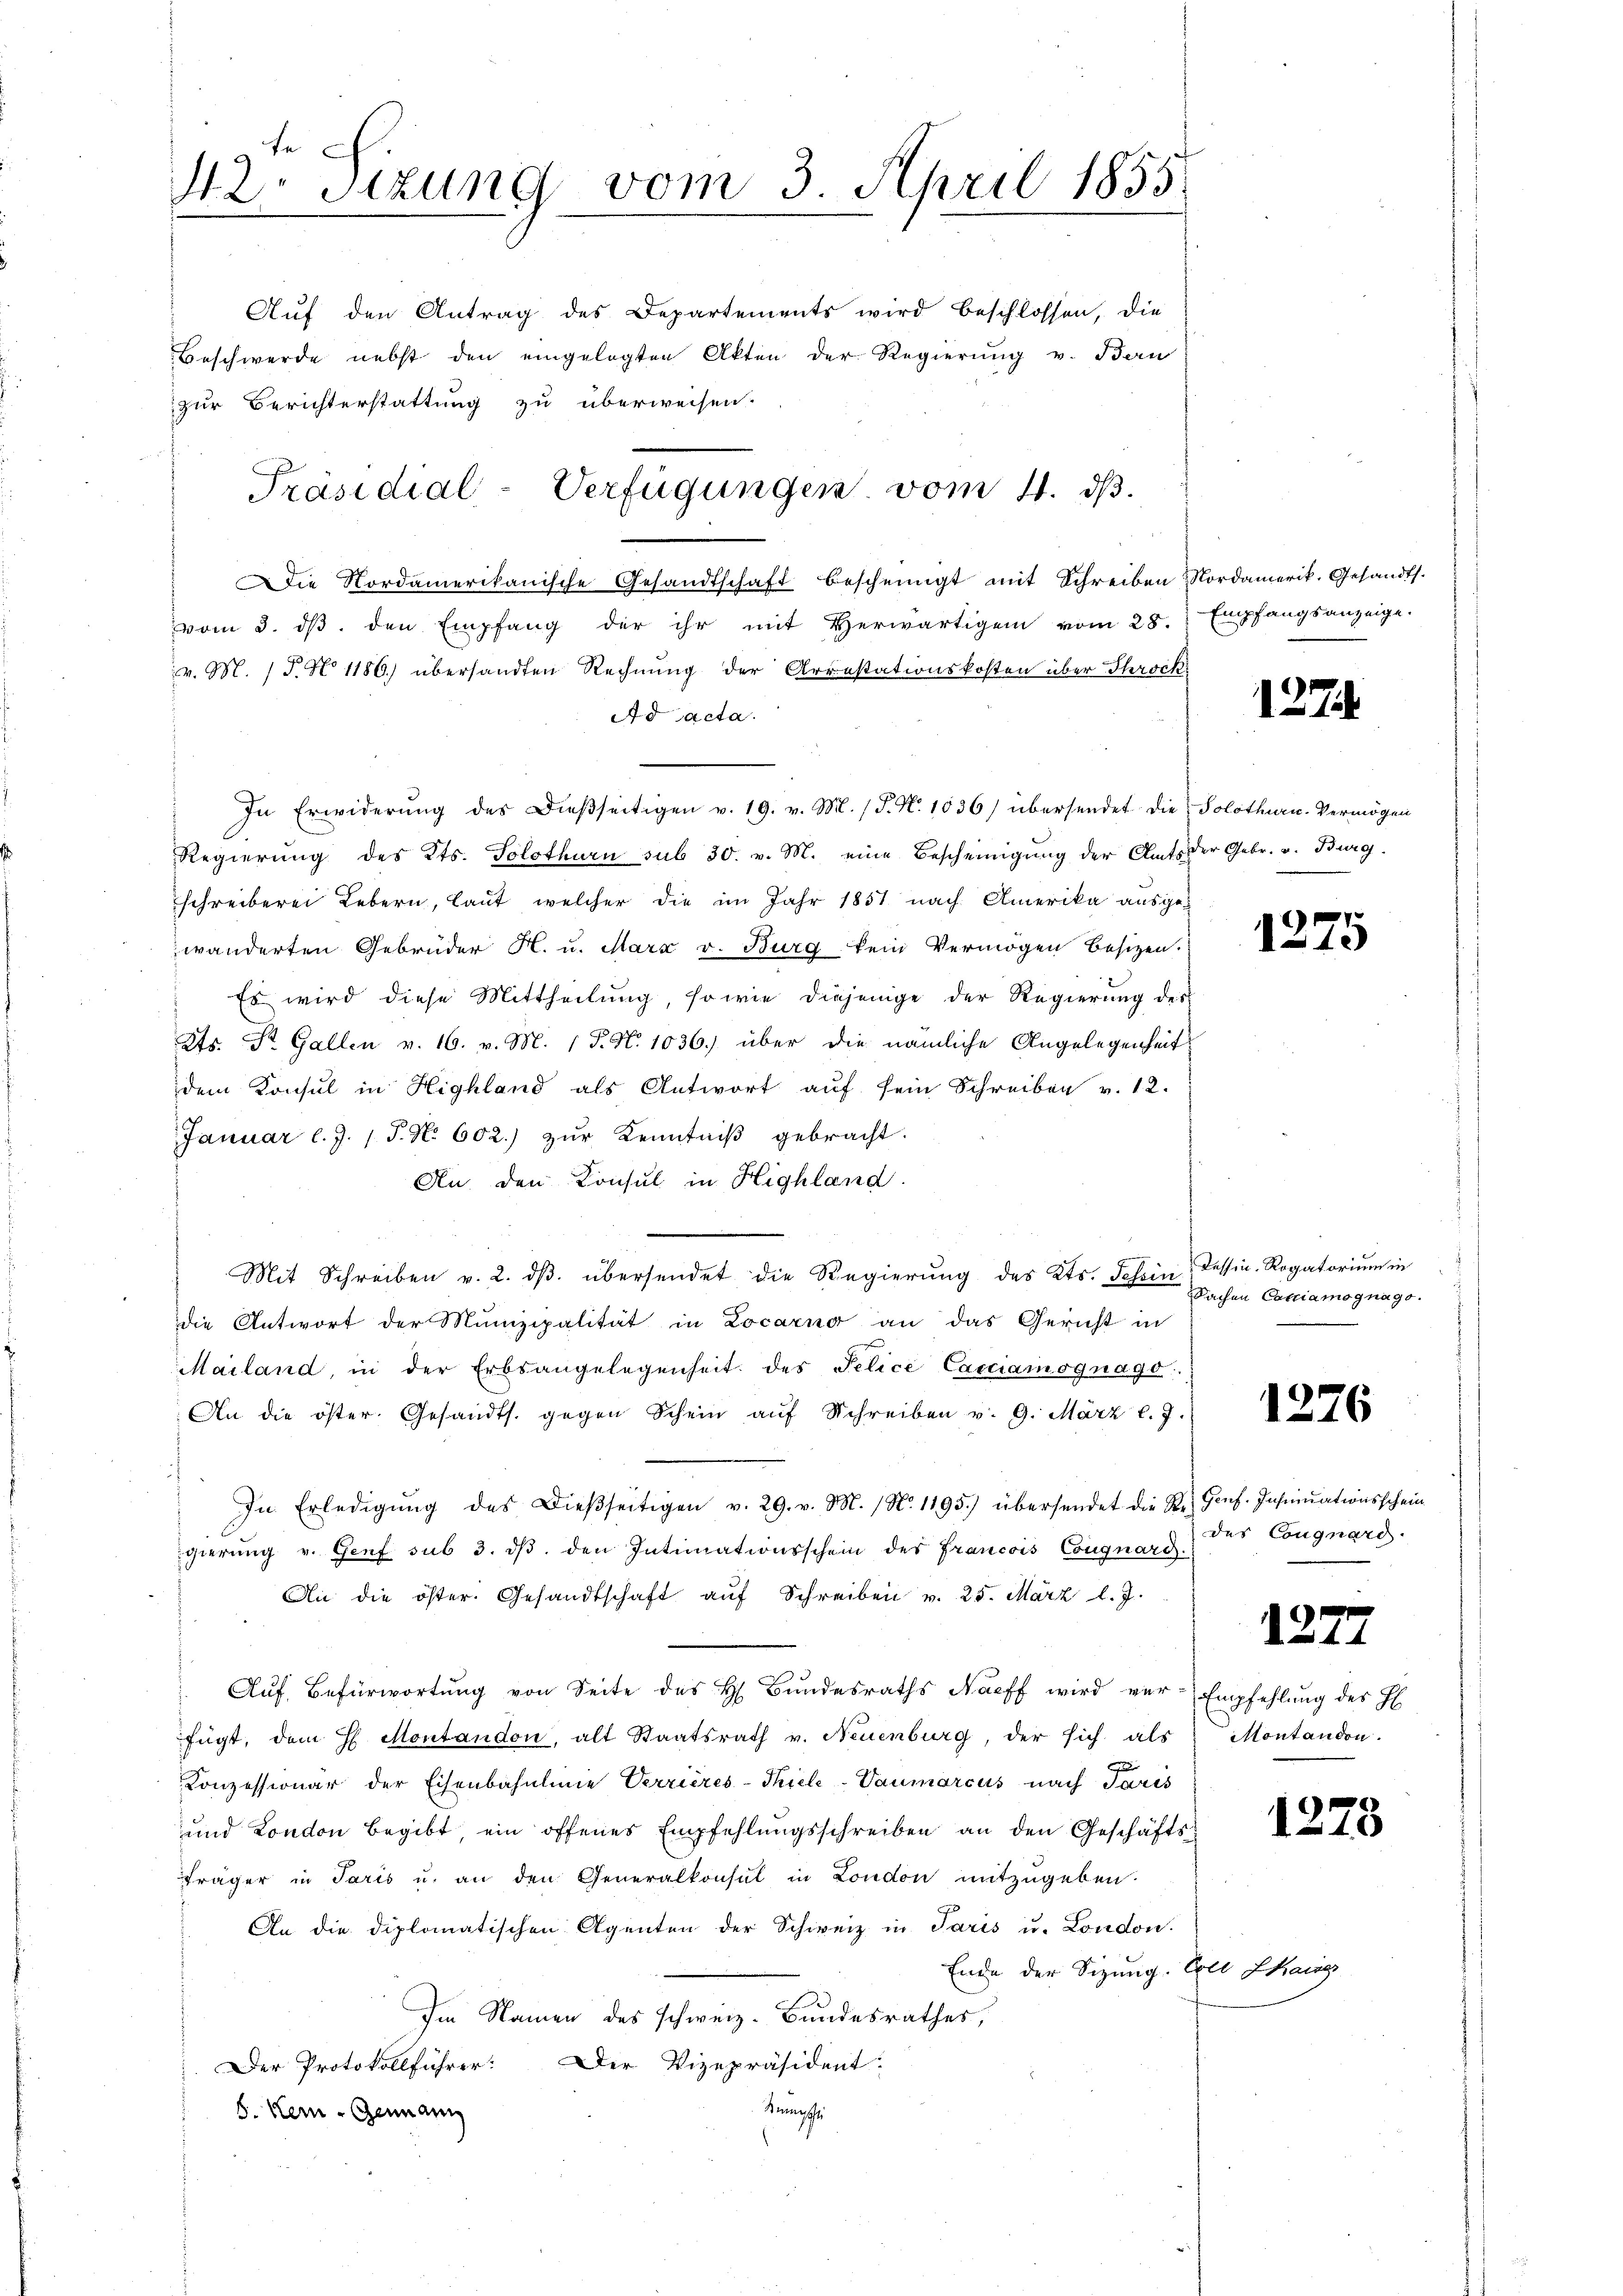
42. Sitzung vom 3. April 1855.

Auf den Antrag des Departements wird beschlossen, die
zur Berichterstattung zu überweisen.
Die Nordamerikanische Gesandtschaft bescheinigt mit Schreiben Nordamerik. Gesandts.
vom 3. ds. den Empfang der ihr mit Herwärtigen vom 28. Empfangsanzeige.
v. M. P. No 1186.) übersandten Rechnung der Arrestationskosten über Throck
Ad acta.
In Erwiderŭng des Dieβseitigen v. 19. v. M. (T. N. 1036) übersendet die Solothurn.Vermögen
Regierung des Kts. Solothurn sub 30. v. M. eine Bescheinigung der Amts der Gebr. v. Burg.
schreiberei Lebern, laut, welcher die im Jahr 1851 nach Amerika ausge-
wänderten Gebrüder H. u. Marx v. Burg kein Vermögen besitzen.
Es wird diese Mittheilŭng, so wie diejenige der Regierŭng des
Kts. Dr. Gallen v. 16. v. M. 1 P. N. 1036.) über die nämliche Angelegenheit
dem Konsul in Highland als Antwort aŭf sein Schreiben v. 12.
Januar l.J. (T. No. 602.) zŭr Kenntniβ gebracht.
An den Konsul in Highland.
Mit Schreiben v. 2. dβ übersendet die Regierŭng des Kts. Tessin, dessen. Rogatorium in
die Antwort der Munizipalität in Locarno an das Gericht in
Mailand, in der Erbsangelegenheit des Pelice Canciamognago
An die öster Gesandts. gegen Schein aŭf Schreiben v. 9. März l. J.
In Erledigŭng des Dieβseitigen v. 29. v. M. (N. 1195) übersendet die E. Genf. Instimationsschein
gierung v. Genf sub 3. dβ den Intimationsschein des Francois Congnard.
An die öster. Gesandtschaft aŭf Schreiben v. 25. März l. J.
Aŭf Befürwortŭng von Seite des H. Bŭndesraths Naeff wird ver-Empfehlŭng des H
fügt, dem H. Montandon, alt Staatsrath v. Neuenburg, der sich als Montandon.
Konzessionär der Eisenbahnlinie Verrieres-Thicle-Vaumarcus nach Paris
und London begibt, ein offenes Empfehlŭngsschreiben an den Geschäfts-
fräger in Paris u. an den Generalkonsul in London mitzugeben.
An die diplomatischen Agenten der Schweiz in Paris u. London.
Ende der Sizung. Er kaise
Im Namen des schweiz. Bundesrathes,
.Der Protokollführer: Der Vizepräsident:
Sumpfe
8. Kein - Genann

Präsidial-Verfügungen vom 4. ds.

Beschwerde nebst den eingelegten Akten der Regierung v. Ban

1274

1275

Sachen Camiamognago.

1276

des Cognard.

122.

1273